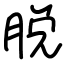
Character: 脱